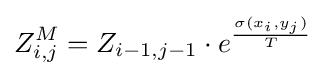
Z_{i,j}^{M}=Z_{i-1,j-1}\cdot e^{\frac {\sigma (x_{i},y_{j})}{T}}